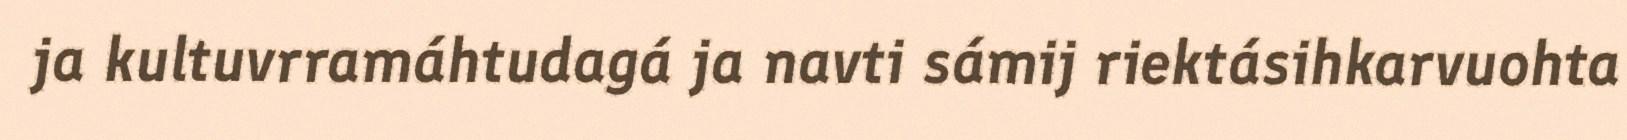
ja kultuvrramáhtudagá ja navti sámij riektásihkarvuohta